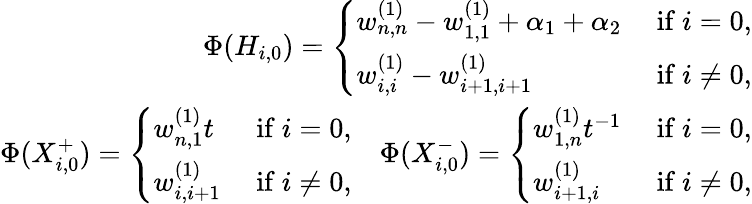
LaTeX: \begin{array}{r}{\Phi(H_{i,0})=\left\{ \begin{array}{ll}{w_{n,n}^{(1)}-w_{1,1}^{(1)}+\alpha_{1}+\alpha_{2}}&{\mathrm{~if~}i=0,}\\ {w_{i,i}^{(1)}-w_{i+1,i+1}^{(1)}}&{\mathrm{~if~}i\neq 0,}\end{array}\right.}\\ {\Phi(X_{i,0}^{+})=\left\{ \begin{array}{ll}{w_{n,1}^{(1)}t}&{\mathrm{~if~}i=0,}\\ {w_{i,i+1}^{(1)}}&{\mathrm{~if~}i\neq 0,}\end{array}\right.\quad\Phi(X_{i,0}^{-})=\left\{ \begin{array}{ll}{w_{1,n}^{(1)}t^{-1}}&{\mathrm{~if~}i=0,}\\ {w_{i+1,i}^{(1)}}&{\mathrm{~if~}i\neq 0,}\end{array}\right.}\end{array}